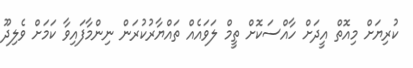
ކުރިޔަށް މިއޮތް އީދަށް ހާއްސަކޮށް ތީމް ލަވައެއް ތައްޔާރުކުރަން ނިންމާފައިވާ ކަމަށް ވެލިދޫ